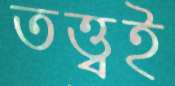
তত্ত্বই